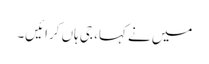
میں نے کہا، جی ہاں کرائیں۔